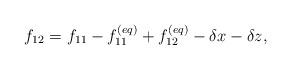
LaTeX: \begin{align*}{f_{12}} = {f_{11}} - f_{11}^{\left( {eq} \right)} + f_{12}^{\left( {eq} \right)} - \delta x - \delta z,\end{align*}